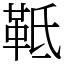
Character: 䩚